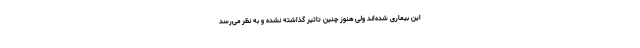
این بیماری شده‌اند ولی هنوز چنین تاثیر گذاشته نشده و به نظر می‌رسد